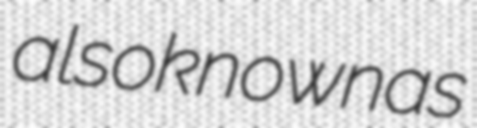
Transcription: also known as